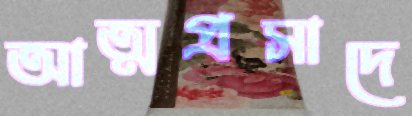
আত্মপ্রসাদে